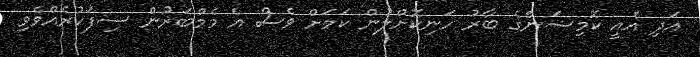
އަދި އެއީ ކޮމިޝަންގެ ބާރު ހަނިކޮށްލުން ކަމަށް ވެސް އެ މެމްބަރުން ސިފަކުރެއްވެވި